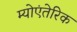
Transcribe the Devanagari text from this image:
म्योएंतेरिक